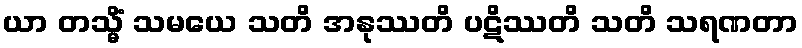
ယာ တသ္မိံ သမယေ သတိ အနုဿတိ ပဋိဿတိ သတိ သရဏတာ